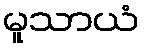
မူသာယံ